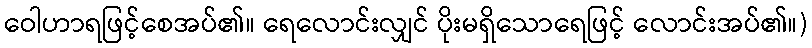
ဝေါဟာရဖြင့်စေအပ်၏။ ရေလောင်းလျှင် ပိုးမရှိသောရေဖြင့် လောင်းအပ်၏။)